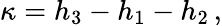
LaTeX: \kappa=h_{3}-h_{1}-h_{2}\, ,